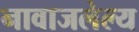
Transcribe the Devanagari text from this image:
नावाजलेल्य